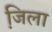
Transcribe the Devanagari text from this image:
जि़ला